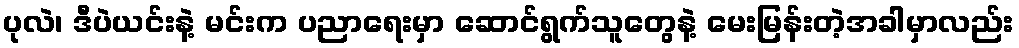
ပုလဲ၊ ဒီပဲယင်းနဲ့ မင်းက ပညာရေးမှာ ဆောင်ရွက်သူတွေနဲ့ မေးမြန်းတဲ့အခါမှာလည်း